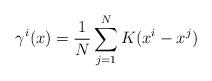
LaTeX: \begin{align*}\gamma^i(x) = \frac1N\sum_{j=1}^N K(x^i - x^j)\end{align*}